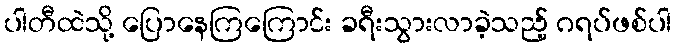
ပါတီထဲသို့ ပြောနေကြကြောင်း ခရီးသွားလာခဲ့သည့် ဂရပ်ဖစ်ပါ